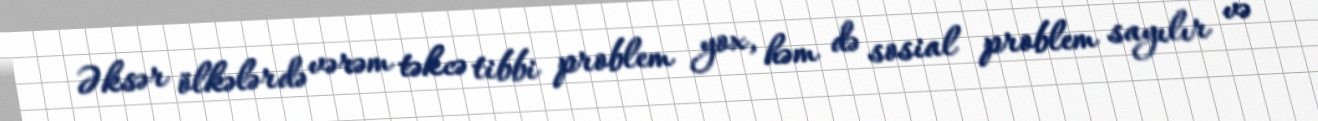
Əksər ölkələrdə vərəm təkcə tibbi problem yox, həm də sosial problem sayılır və